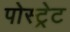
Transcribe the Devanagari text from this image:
पोस्ट्रेट